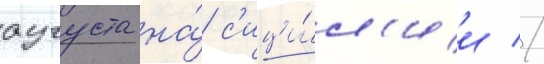
аугуста на́ с'ици́л'ии //